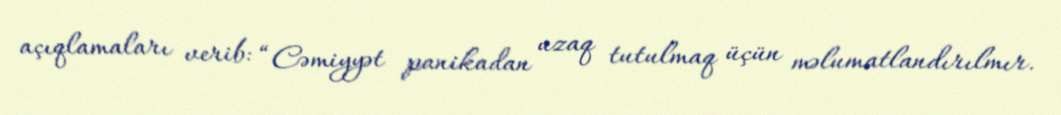
açıqlamaları verib: “Cəmiyyət panikadan uzaq tutulmaq üçün məlumatlandırılmır.